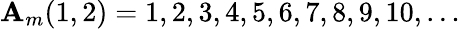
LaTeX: \mathbf{A}_{m}(1,2)=1,2,3,4,5,6,7,8,9,10,\ldots